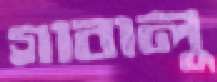
গাবালু